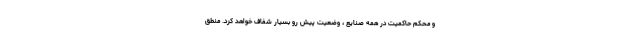
و محکم حاکمیت در همه صنایع ، وضعیت پیش رو بسیار شفاف خواهد کرد. منطق